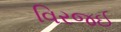
વિરજઈ